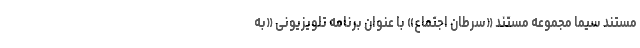
مستند سیما مجموعه مستند «سرطان اجتماع» با عنوان برنامه تلویزیونی «به